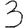
Digit: 3